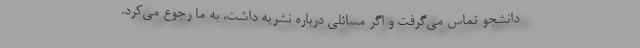
دانشجو تماس می‌گرفت و اگر مسائلی درباره نشریه داشت، به ما رجوع می‌کرد.